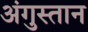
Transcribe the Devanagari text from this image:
अंगुस्तान